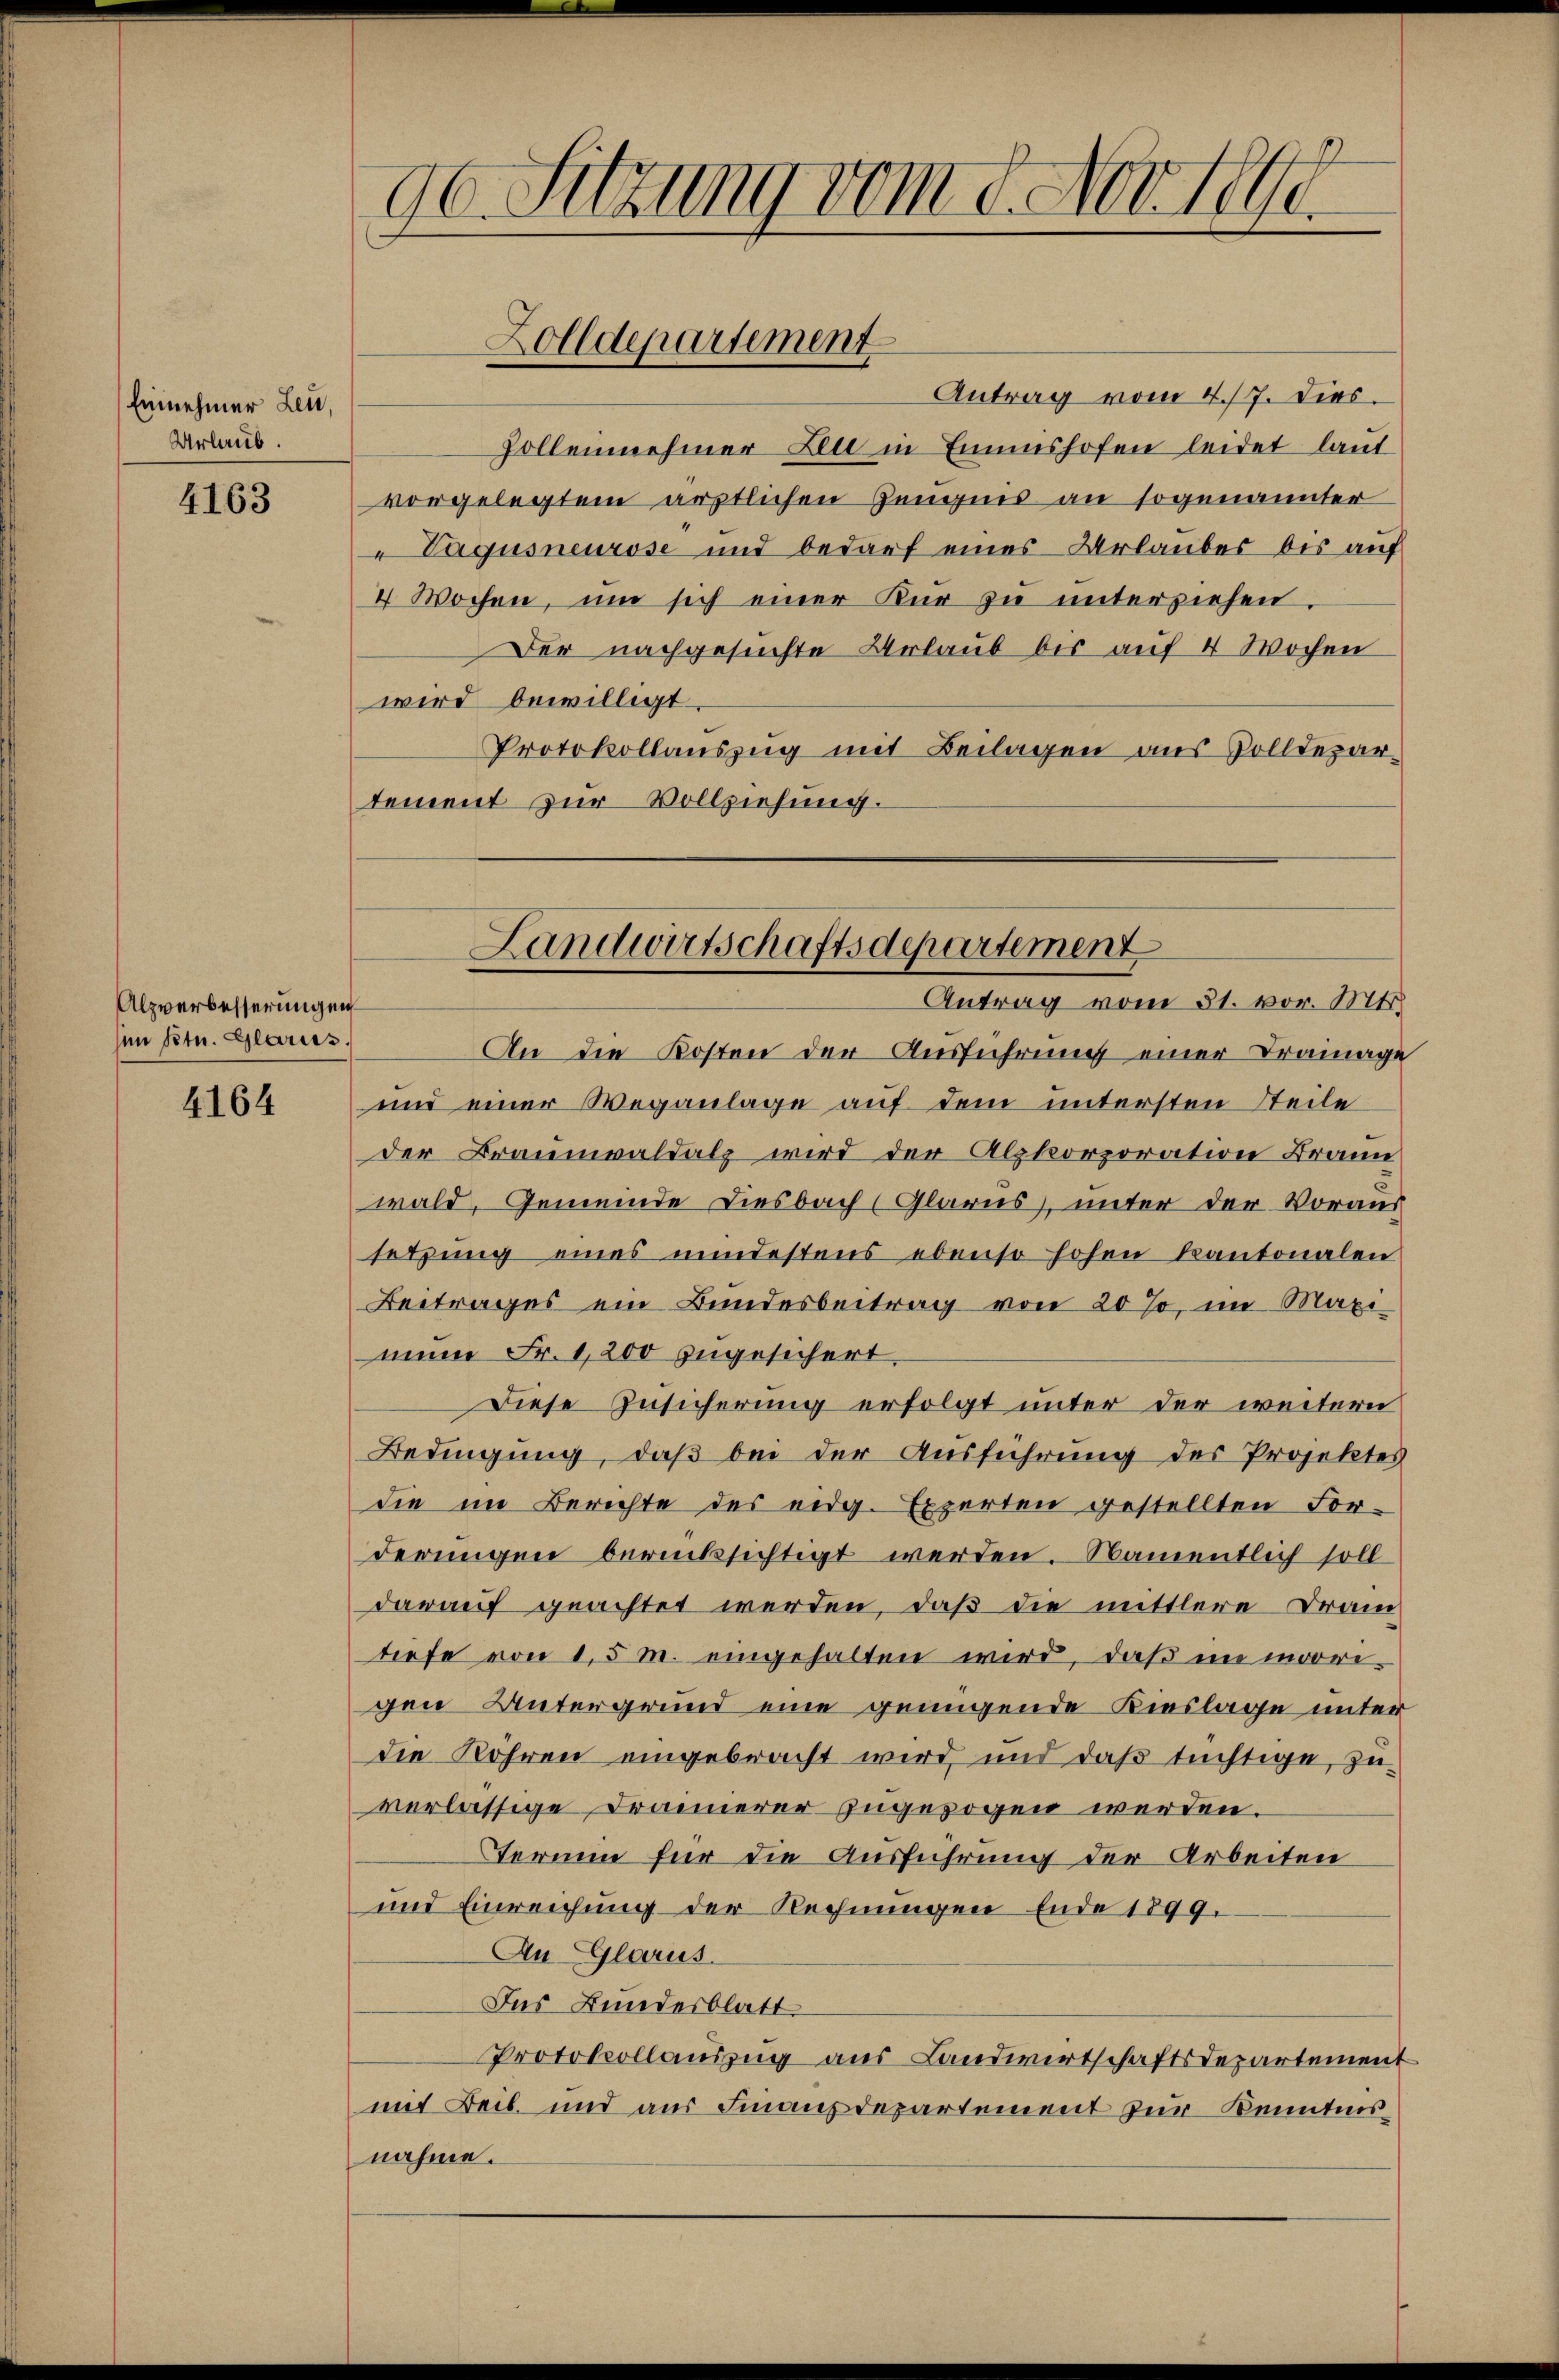
Einnehmer Leu,
Urlaub.

4163

Alzverbesserungen
en Petr. Glarus.

4164

90. Sitzung vom 8. Nov 18.

Antrag vom 4./7. Dies
Zollennehmer Leu in Eminshofen leidet laut
vorgelegtem ärztlichen Zeugnis an sogenannter
"Vagusneurose und bedarf eines Urlaubes bis auf
4 Wochen, um sich einer Kür zu unterziehen.
Der nachgesuchte Urlaub bis auf 4 Wochen
wird bewilligt.
Protokollauszug mit Beilagen aus Volldepar-
tement zur Vollziehung.
An die Kosten der Ausführung einer Trainage
und einer Weganlage auf dem untersten Steile
der Braumvaldalz wird der Alpkorporation Brann
wald, Gemeinde Liesbach (Glarus), unter der Voraus
setzung eines mindestens ebenso hohen Kantonalen
Beitrages ein Bundesbeitrag von 20 %, im Maxi-
mn Fr. 1,200 zugesichert.
Diese Zusicherung erfolgt unter der weitern
Bedingung, daß bei der Ausführung des Projektes
die im Berichte des eidg. Experten gestellten For-
derungen berücksichtigt werden. Namentlich soll
darauf geachtet werden, daß die mittlere Fran
tiefe von 1,5 M. eingehalten wird, daß in mari-
gen Untergrund eine genügende Bieslage unter
die Rohren eingebracht wird, und daß tüchtige, zu-
verlässige Drännerer zugezogen werden.
Termin für die Ausführung der Arbeiten
und Einreichung der Rechnungen Ende 1899.
An Glarus.
Das Bundesblatt
Protokollauszug aus Landwirtschaftsdepartement
mit Beib. und aus Finanzdepartement zur Kenntnisnahme.

Zolldepartement

Landwirtschaftsdepartement
Antrag vom 31. vor. Mts.